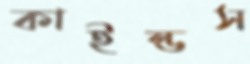
কাইন্ডস